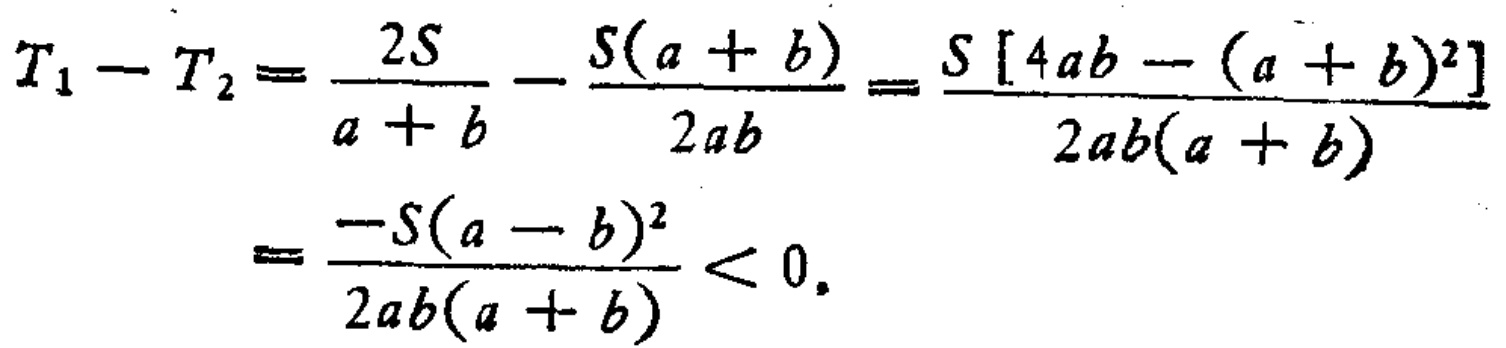
\[

\begin{align*}

T_1 - T_2&=\frac{2S}{a + b}-\frac{S(a + b)}{2ab}=\frac{S\left[4ab-(a + b)^2\right]}{2ab(a + b)}\\

&=\frac{-S(a - b)^2}{2ab(a + b)}<0.

\end{align*}

\]